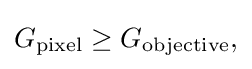
{\textstyle G_{\mathrm {pixel} }\geq G_{\mathrm {objective} },}